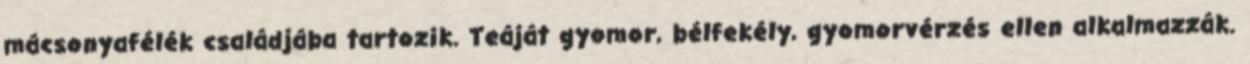
mácsonyafélék családjába tartozik. Teáját gyomor, bélfekély, gyomorvérzés ellen alkalmazzák.